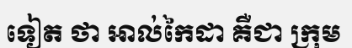
ទៀត ថា អាល់កៃដា គឺជា ក្រុម